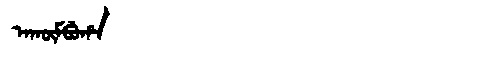
Manchu: ᠠᡴᡡᠮᠪᡠᡥᠠ
Romanization: AKŪMBUHA